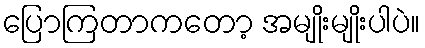
ပြောကြတာကတော့ အမျိုးမျိုးပါပဲ။